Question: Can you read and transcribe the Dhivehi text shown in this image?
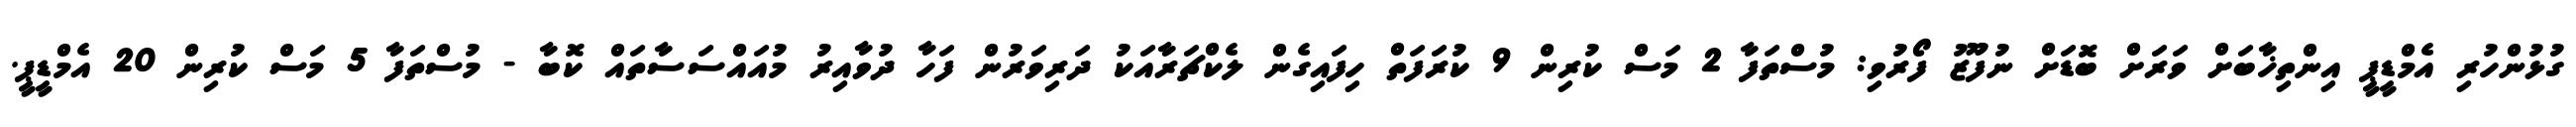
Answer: ގުޅުންހުރި އެމްޑީޕީ އިންތިޚާބަށް ވަރަށް ބޮޑަށް ނުފޫޒު ފޯރުވި: މުސްތަފާ 2 މަސް ކުރިން 9 ކުރަފަތް ހިފައިގެން ލެކްޗަރާއަކު ދަރިވަރުން ފަހާ ދުވާއިރު މުއައްސަސާތައް ކޮބާ - މުސްތަފާ 5 މަސް ކުރިން 20 އެމްޑީޕީ.